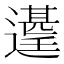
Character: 𮟑